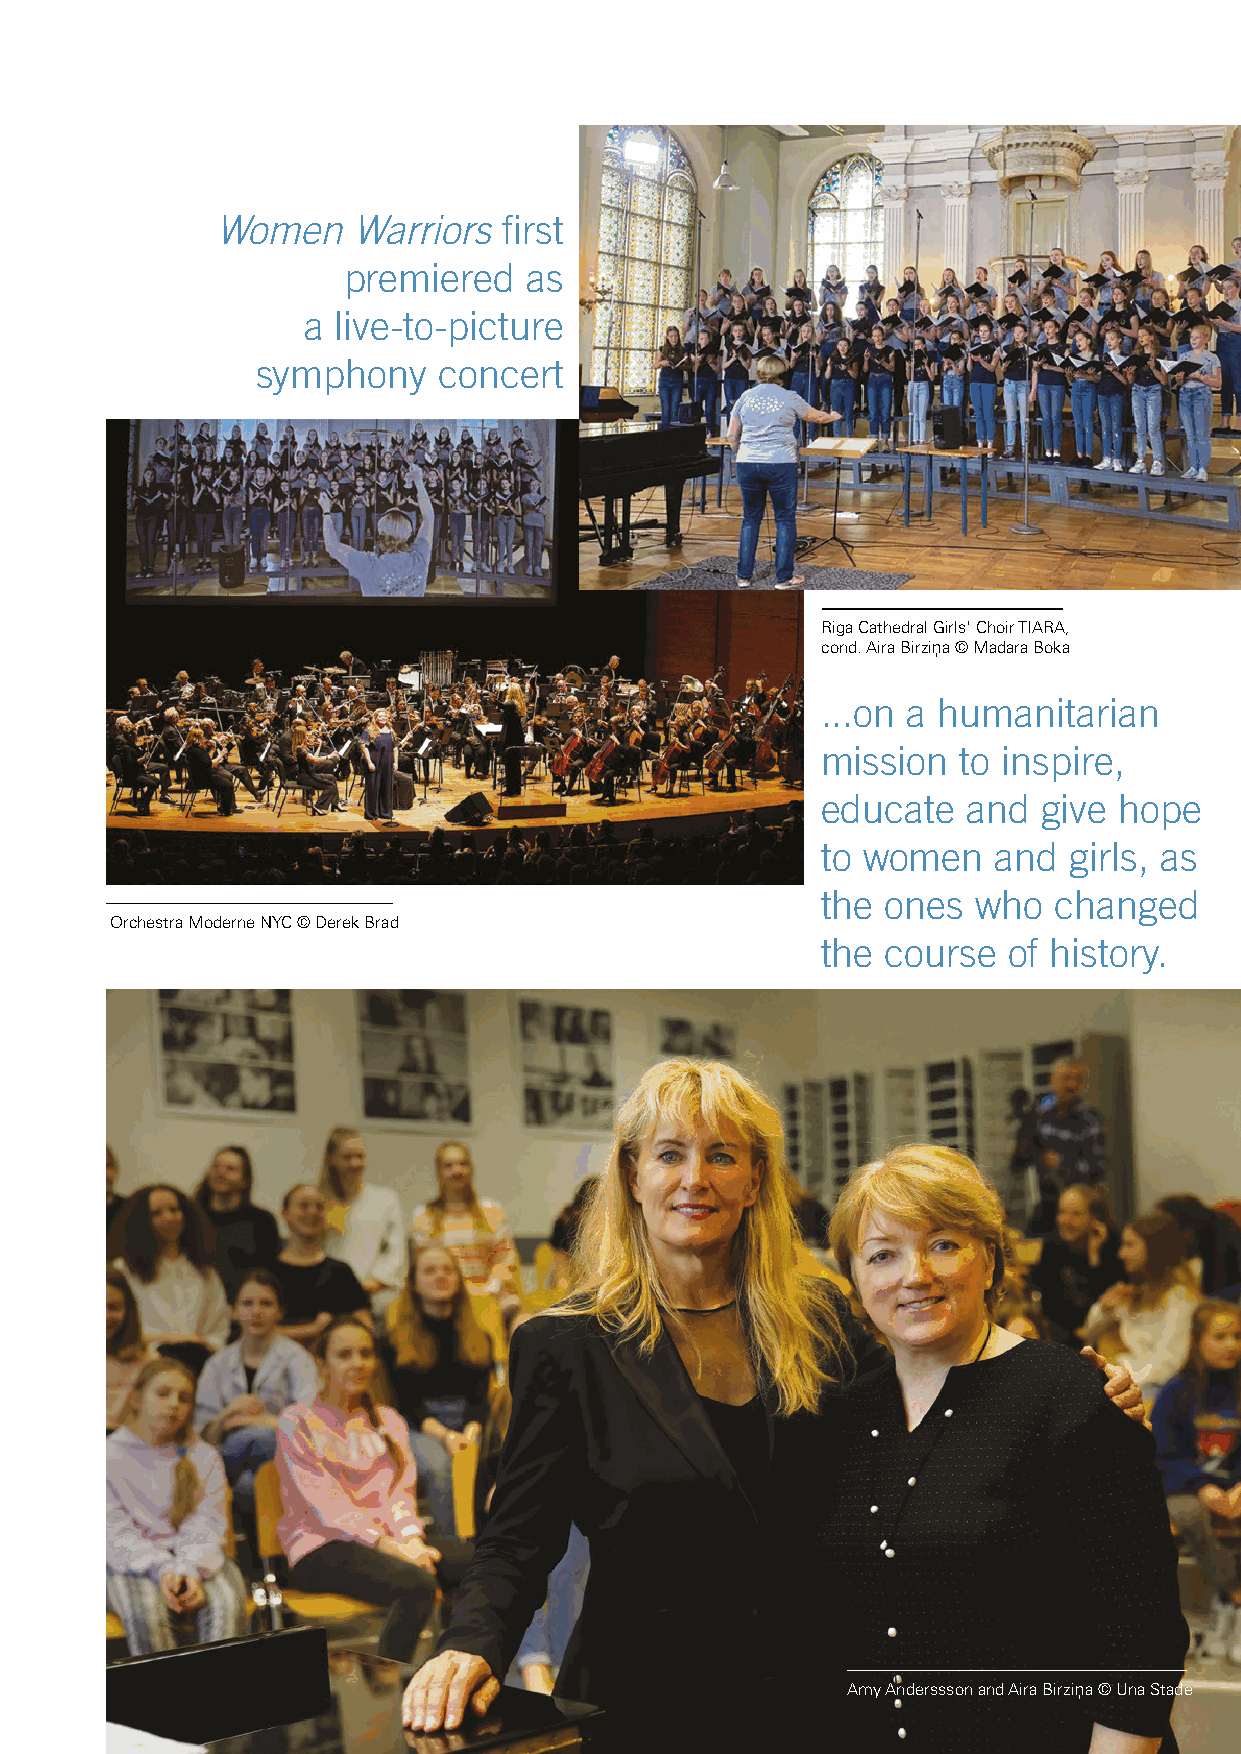
Women    Warriors  first
 premiered   as
 a live-to-picture
 symphony    concert
 Riga Cathedral Girls' Choir TIARA,
 cond. Aira Birziņa © Madara Boka
 ...on a humanitarian
 mission   to inspire,
 educate   and  give hope
 to women    and  girls, as
 the  ones  who  changed
 Orchestra Moderne NYC © Derek Brad
 the  course  of history.
 Amy Anderssson and Aira Birziņa © Una Stad2e7